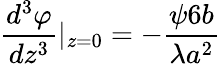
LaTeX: {\frac{d^{3}\varphi}{dz^{3}}}|_{z=0}=-{\frac{\psi 6b}{\lambda a^{2}}}